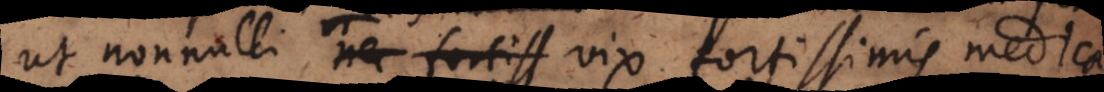
ut nonnulli nec fortiss vix fortissimis medica